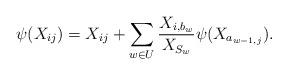
LaTeX: \begin{align*} \psi(X_{ij}) = X_{ij} + \sum_{w \in U} \frac{X_{i,b_w}}{X_{S_w}} \psi(X_{a_{w-1,j}}). \end{align*}